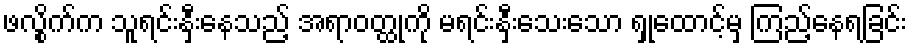
ဖလွိုက်က သူရင်းနှီးနေသည့် အရာဝတ္ထုကို မရင်းနှီးသေးသော ရှုထောင့်မှ ကြည့်နေရခြင်း